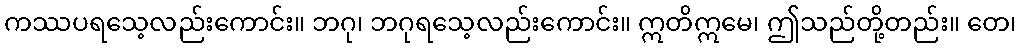
ကဿပရသေ့လည်းကောင်း။ ဘဂု၊ ဘဂုရသေ့လည်းကောင်း။ ဣတိဣမေ၊ ဤသည်တို့တည်း။ တေ၊